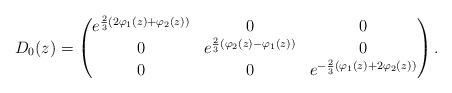
LaTeX: \begin{align*} D_0(z) & = \begin{pmatrix} e^{\frac{2}{3}(2\varphi_{1}(z)+\varphi_{2}(z))} & 0 & 0\\ 0 & e^{\frac{2}{3}(\varphi_{2}(z)-\varphi_{1}(z))} & 0\\ 0 & 0 & e^{-\frac{2}{3}(\varphi_{1}(z)+2\varphi_{2}(z))}\end{pmatrix}.\end{align*}